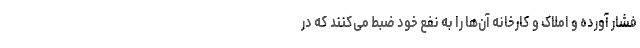
فشار آورده و املاک و کارخانه آن‌ها را به نفع خود ضبط می‌کنند که در